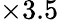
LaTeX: \times 3.5